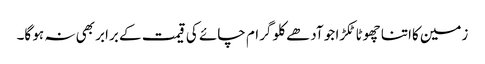
زمین کااتنا چھوٹا ٹکڑا جو آدھے کلو گرام چائے کی قیمت کے برابر بھی نہ ہو گا۔